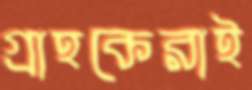
গ্রাহকেরাই